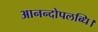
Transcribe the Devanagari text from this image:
आनन्दोपलब्धि।